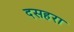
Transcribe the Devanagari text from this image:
दसहरा